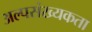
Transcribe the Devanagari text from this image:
अल्पसंख्यकता